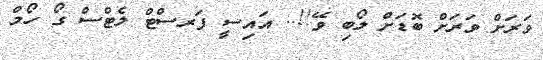
ވަރަށް ވަރަށް ބޮޑަށް ލޯބި ވޭ!!.. އައިސީ ފަރސްޓް ލެޓްސް ގޯ ހޯމް